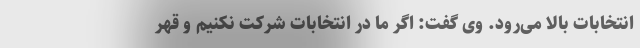
انتخابات بالا می‌رود. وی گفت: اگر ما در انتخابات شرکت نکنیم و قهر